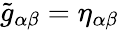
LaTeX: \tilde{g}_{\alpha\beta}=\eta_{\alpha\beta}